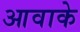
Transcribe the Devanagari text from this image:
आवाके